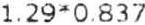
1.29*0.837